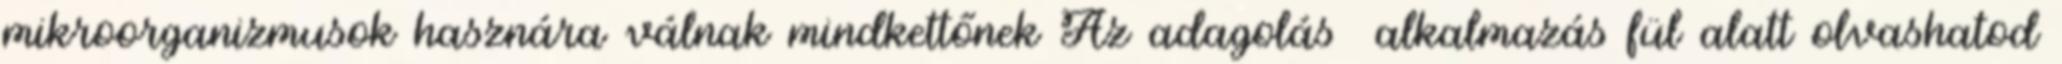
mikroorganizmusok hasznára válnak mindkettőnek Az adagolás alkalmazás fül alatt olvashatod